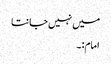
میں نہیں جانتا
امام:۔